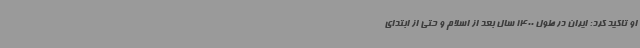
او تاکید کرد: ایران در طول 1400 سال بعد از اسلام و حتی از ابتدای